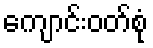
ကျောင်းဝတ်စုံ